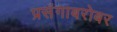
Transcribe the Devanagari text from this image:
प्रसंगाबरोबर